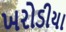
ખરોડીયા